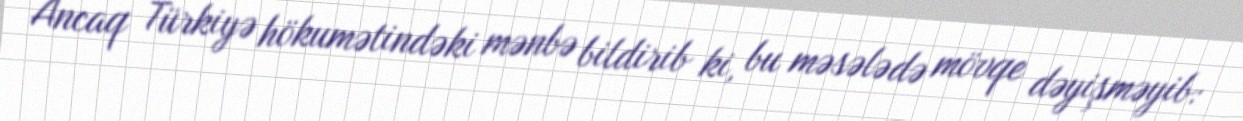
Ancaq Türkiyə hökumətindəki mənbə bildirib ki, bu məsələdə mövqe dəyişməyib: